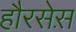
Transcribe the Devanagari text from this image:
हौरसेस़